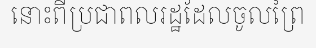
នោះពីប្រជាពលរដ្ឋដែលចូលព្រៃ